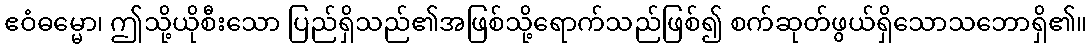
ဧဝံဓမ္မော၊ ဤသို့ယိုစီးသော ပြည်ရှိသည်၏အဖြစ်သို့ရောက်သည်ဖြစ်၍ စက်ဆုတ်ဖွယ်ရှိသောသဘောရှိ၏။